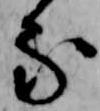
な